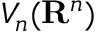
V _ { n } ( \mathbf { R } ^ { n } )